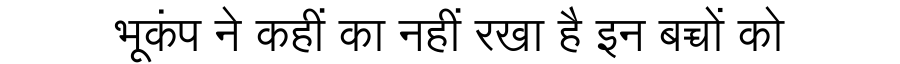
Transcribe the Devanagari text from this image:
भूकंप ने कहीं का नहीं रखा है इन बच्चों को